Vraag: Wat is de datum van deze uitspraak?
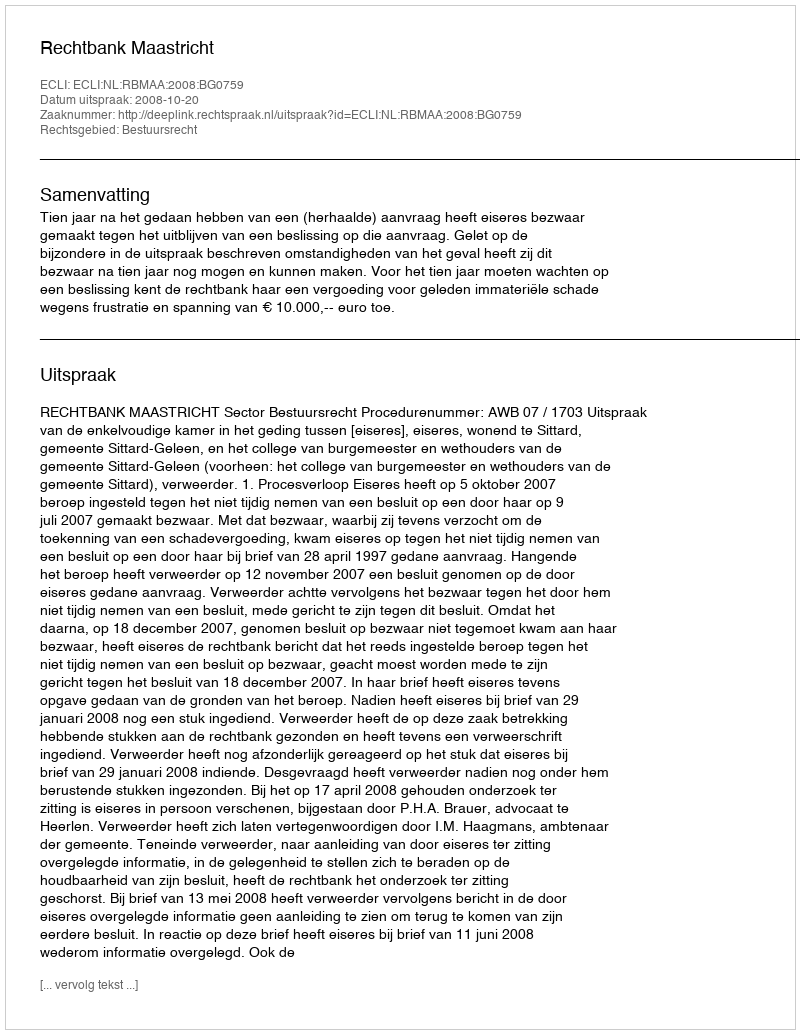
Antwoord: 2008-10-20